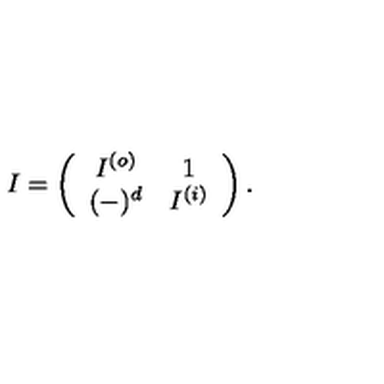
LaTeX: I = \left( \begin{array} { c c } { I ^ { ( o ) } } & { 1 } \\ { ( - ) ^ { d } } & { I ^ { ( i ) } } \\ \end{array} \right) .